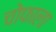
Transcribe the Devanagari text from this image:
चोफाला